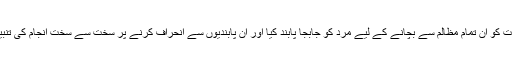
اللہ نےعورت کو ان تمام مظالم سے بچانے کے لیے مرد کو جابجا پابند کیا اور ان پابندیوں سے انحراف کرنے پر سخت سے سخت انجام کی تنبیہ بھی کی ۔